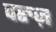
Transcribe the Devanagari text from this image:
परुज़